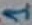
Text: 1